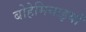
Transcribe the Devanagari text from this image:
बोहेमियाइयों